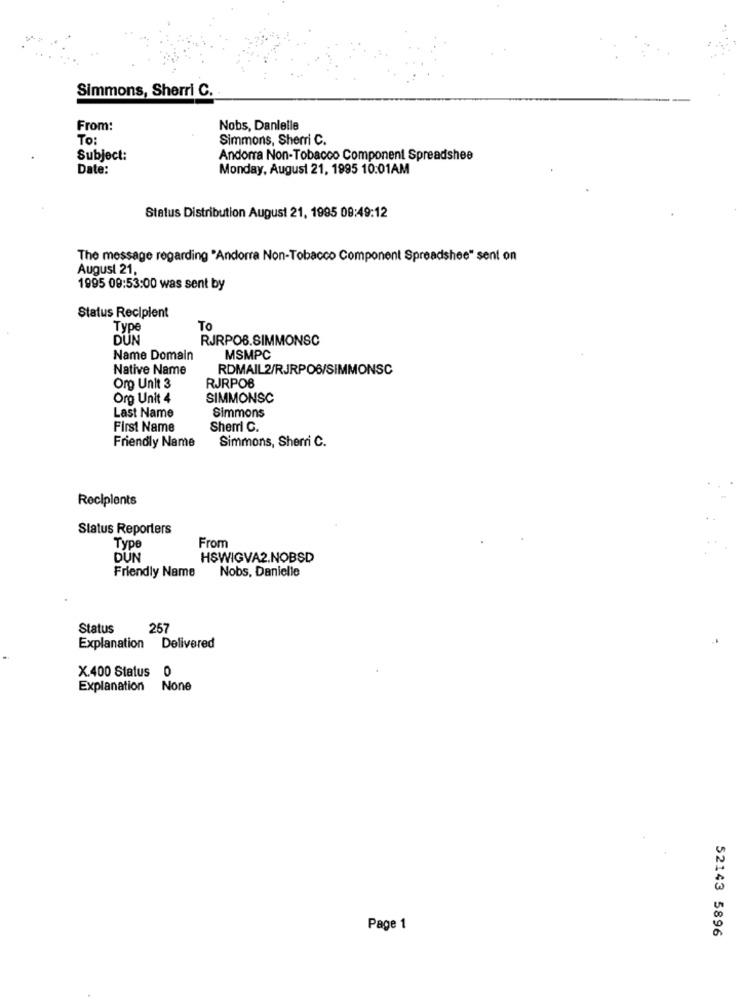
Simmons, Sherri C.
From:
Nobs, Danielle
To:
Simmons, Sherri C.
Subject:
Andorra Non-Tobacco Component Spreadshee
Date:
Monday, August 21, 1995 10:01AM
Status Distribution August 21, 1995 08:49:12
The message regarding "Andorra Non-Tobacco Component Spreadshee" sent on
August 21,
1995 09:53:00 was sent by
Status Recipient
Type
To
DÜN
RJRPOB.SIMMONSC
Name Domain
MSMPC
Native Name
RDMAIL2/RJRPO6/SIMMONSC
Org Unit 3
RJRPOB
Org Unit 4
SIMMONSC
Simmons
Last Name
First Name
Shem C.
Friendly Name
Simmons, Sherri C.
Recipients
Status Reporters
Type
From
DUN
HSWIGVA2.NOBSD
Friendly Name
Nobs, Danielle
Status
257
Explanation Delivered
X.400 Status
0
Explanation None
Page 1
52143 5896